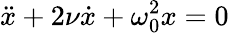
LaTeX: \ddot{x}+2\nu\dot{x}+\omega_{0}^{2}x=0